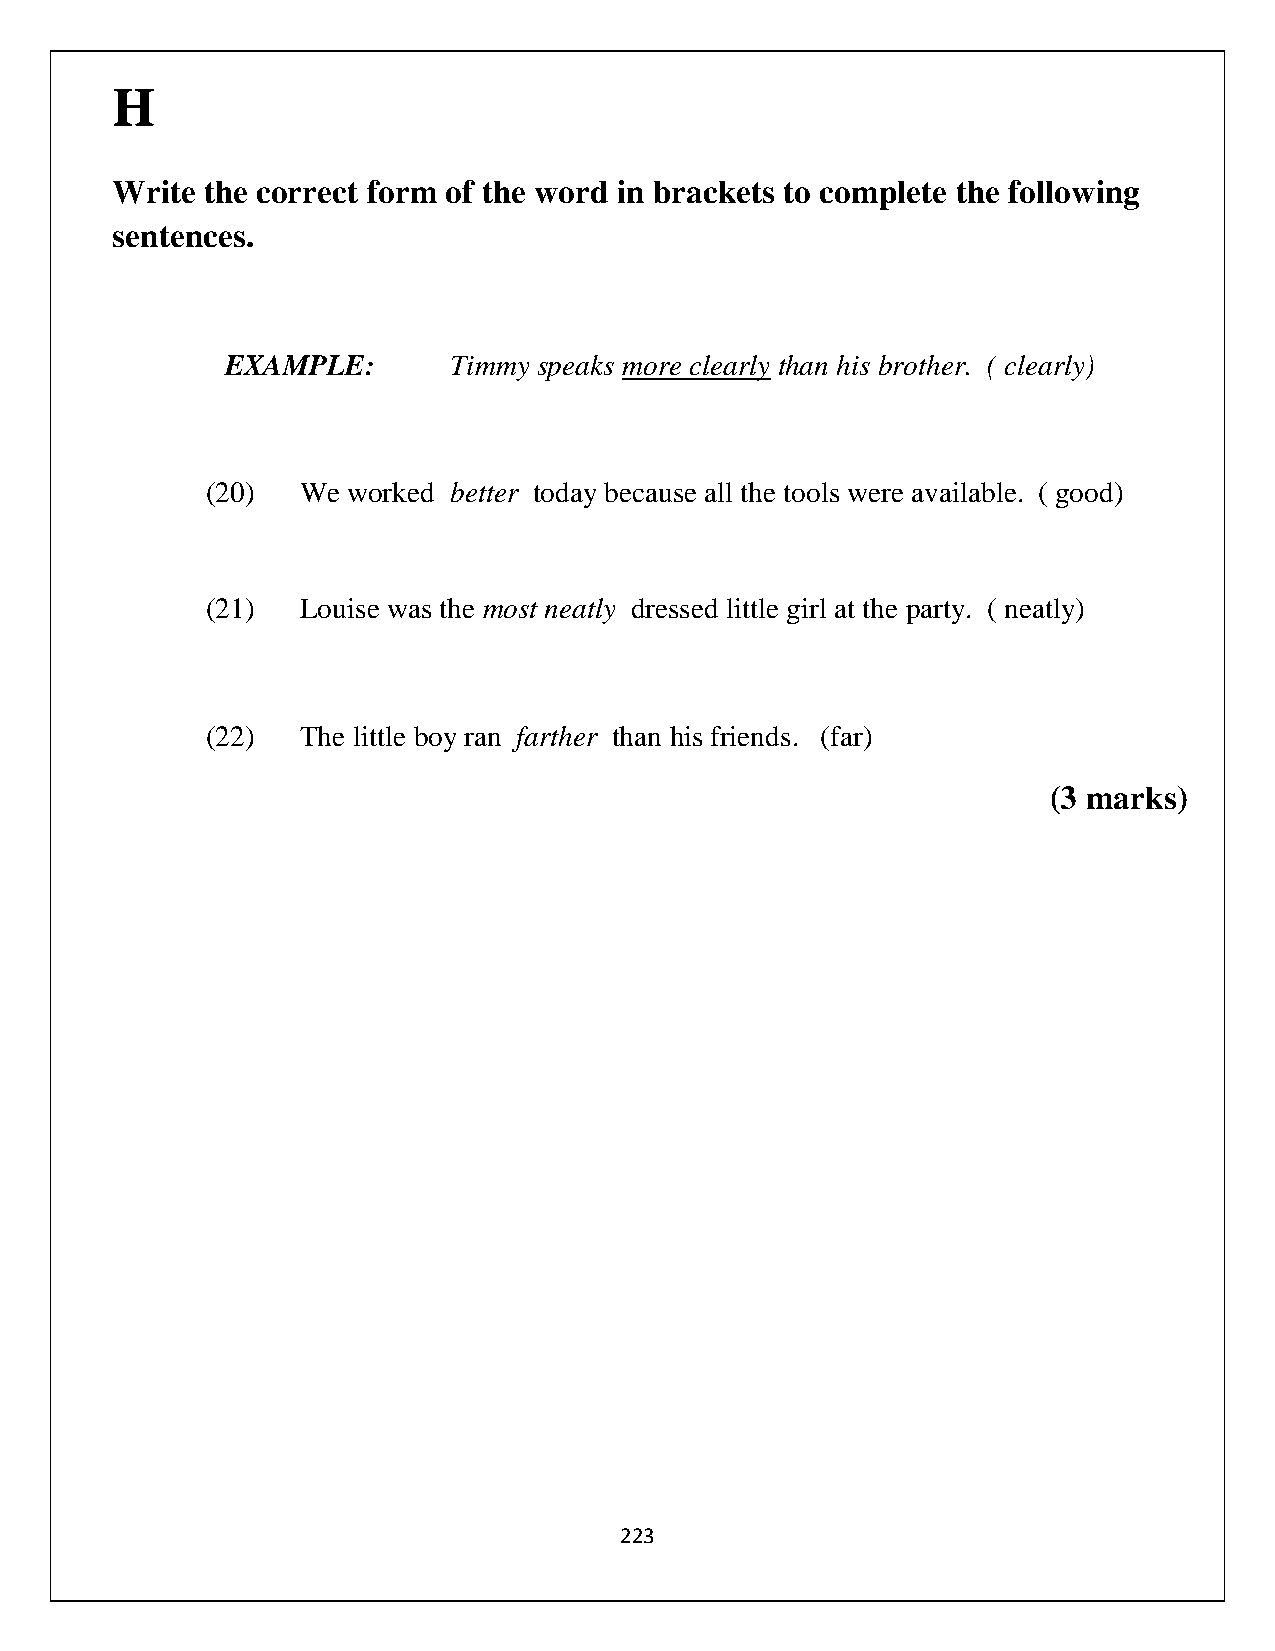
H
 Write the correct form of the word in brackets to complete the following
 sentences.
 EXAMPLE:       Timmy speaks more clearly than his brother. ( clearly)
 (20)  We worked better today because all the tools were available. ( good)
 (21)  Louise was the most neatly dressed little girl at the party. ( neatly)
 (22)  The little boy ran farther than his friends. (far)
 (3 marks)
 223